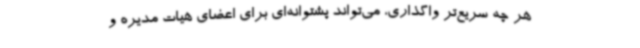
هر چه سریع‌تر واگذاری، می‌تواند پشتوانه‌ای برای اعضای هیات مدیره و